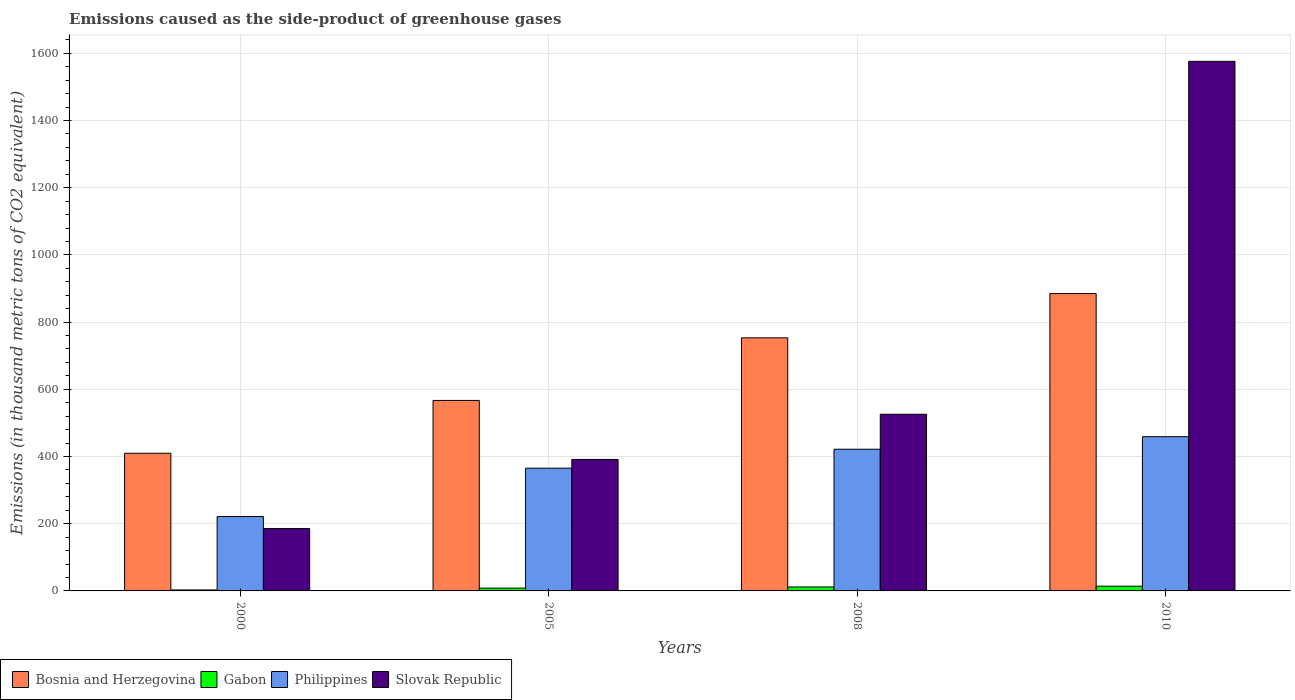
| Years | Bosnia and Herzegovina | Gabon | Philippines | Slovak Republic |
 | --- | --- | --- | --- | --- |
 | 2000 | 410 | 2.9 | 221 | 186 |
 | 2005 | 567 | 8.4 | 365 | 391 |
 | 2008 | 753 | 11.8 | 422 | 526 |
 | 2010 | 885 | 14 | 459 | 1.58e+03 |